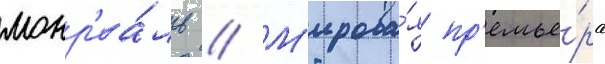
монр'еа́ль // М'ирова́я пр'емье́ра